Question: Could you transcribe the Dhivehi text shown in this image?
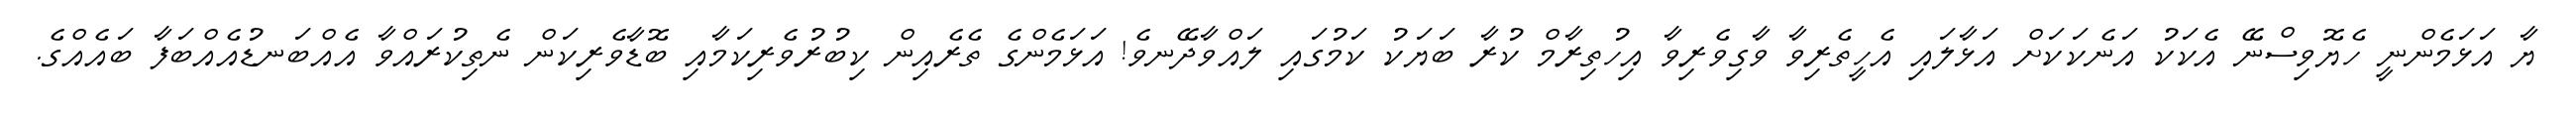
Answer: ޔާ އަޅަމެންނީ ހެޔޮވިސްނޭ އެކަކު އަނެކަކަށް އަޅާލައި އެހީތެރިވާ ވާގިވެރިވާ އިހުތިރާމް ކުރާ ބަޔަކު ކަމުގައި ލައްވާދޭނވެ! އަޅަމެންގެ ތެރެއިން ކިބުރުވެރިކަމާއި ބޮޑާވެރިކަން ނެތިކުރައްވާ އެއްބަނޑުއެއްބަފާ ބައެއްގެ.